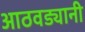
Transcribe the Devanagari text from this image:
आठवड्यानी